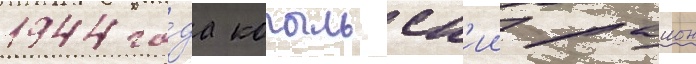
1944 го́да копыльск'ии раион